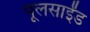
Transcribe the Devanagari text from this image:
पूलसाईंड